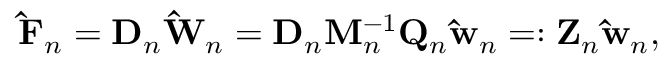
\mathbf { \hat { F } } _ { n } = \mathbf { D } _ { n } \mathbf { \hat { W } } _ { n } = \mathbf { D } _ { n } \mathbf { M } _ { n } ^ { - 1 } \mathbf { Q } _ { n } \mathbf { \hat { w } } _ { n } = : \mathbf { Z } _ { n } \mathbf { \hat { w } } _ { n } ,